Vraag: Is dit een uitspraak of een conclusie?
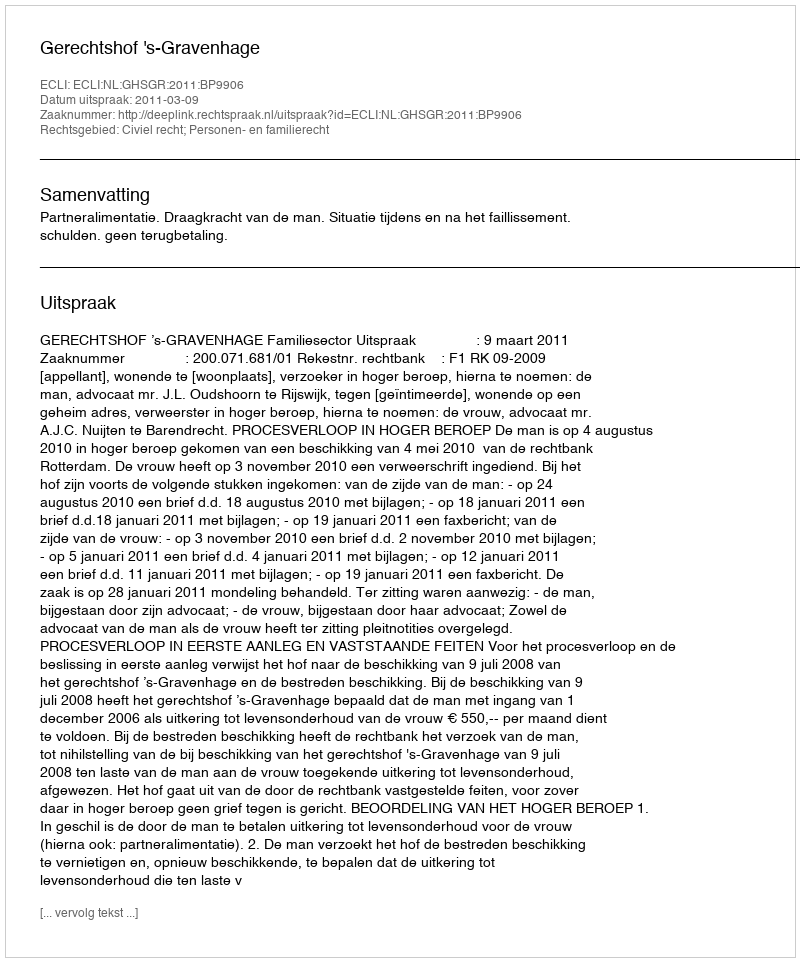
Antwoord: Uitspraak